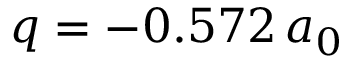
q = - 0 . 5 7 2 \, a _ { 0 }